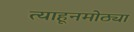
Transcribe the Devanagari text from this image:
त्याहूनमोठ्या